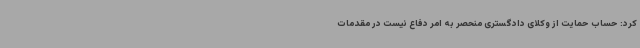
کرد: حساب حمایت از وکلای دادگستری منحصر به امر دفاع نیست در مقدمات